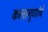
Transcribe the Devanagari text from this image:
कलागुणांचे